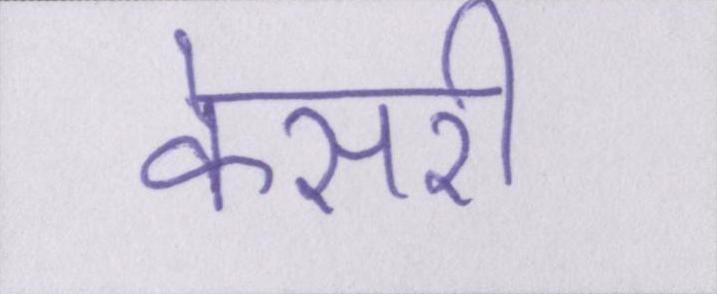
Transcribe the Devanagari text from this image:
केसरी